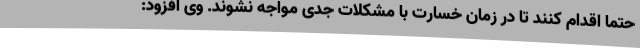
حتما اقدام کنند تا در زمان خسارت با مشکلات جدی مواجه نشوند. وی افزود: